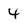
Character: 4